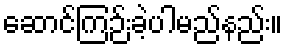
ဆောင်ကြဉ်းခဲ့ပါမည်နည်း။